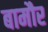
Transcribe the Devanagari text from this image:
बामौर